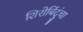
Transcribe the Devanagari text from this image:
शिरोबिंदुंचा